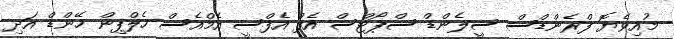
މުއިވެޔޮ ފްރެންޑްސް ސީލެންޑް ސްޕޯޓްސް އެފް އެފްސީ އެމްއެސް ހެލްޕިން ހޭންޑް އަދި